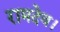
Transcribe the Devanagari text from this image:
रामदेव।